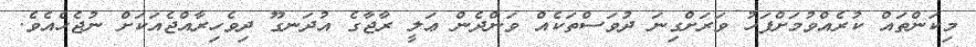
މިކަންތައް ކުރެއްވުމަށްފަހު ވަރަށްގިނަ ދުވަސްތަކެއް ވަންދެން ޢަލީ ރާޖާގެ އުދަނގޫ ދިވެހިރާއްޖެއަކަށް ނުޖެހެއެވެ.